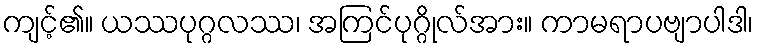
ကျင့်၏။ ယဿပုဂ္ဂလဿ၊ အကြင်ပုဂ္ဂိုလ်အား။ ကာမရာပဗျာပါဒါ၊